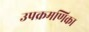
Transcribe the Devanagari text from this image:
उपक्रमणिका